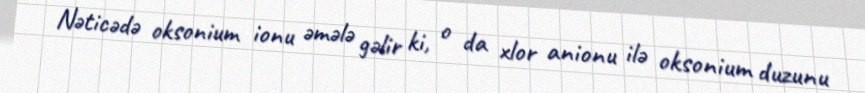
Nəticədə oksonium ionu əmələ gəlir ki, o da xlor anionu ilə oksonium duzunu